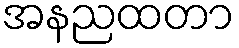
အနညထတာ